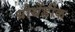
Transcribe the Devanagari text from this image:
ग्रोथेंडीक